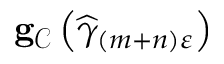
\mathbf { g } _ { \mathcal { C } } \left( \widehat { \gamma } _ { \left( m + n \right) \varepsilon } \right)